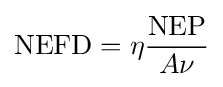
\mathrm {NEFD} =\eta {\frac {\mathrm {NEP} }{A\nu }}